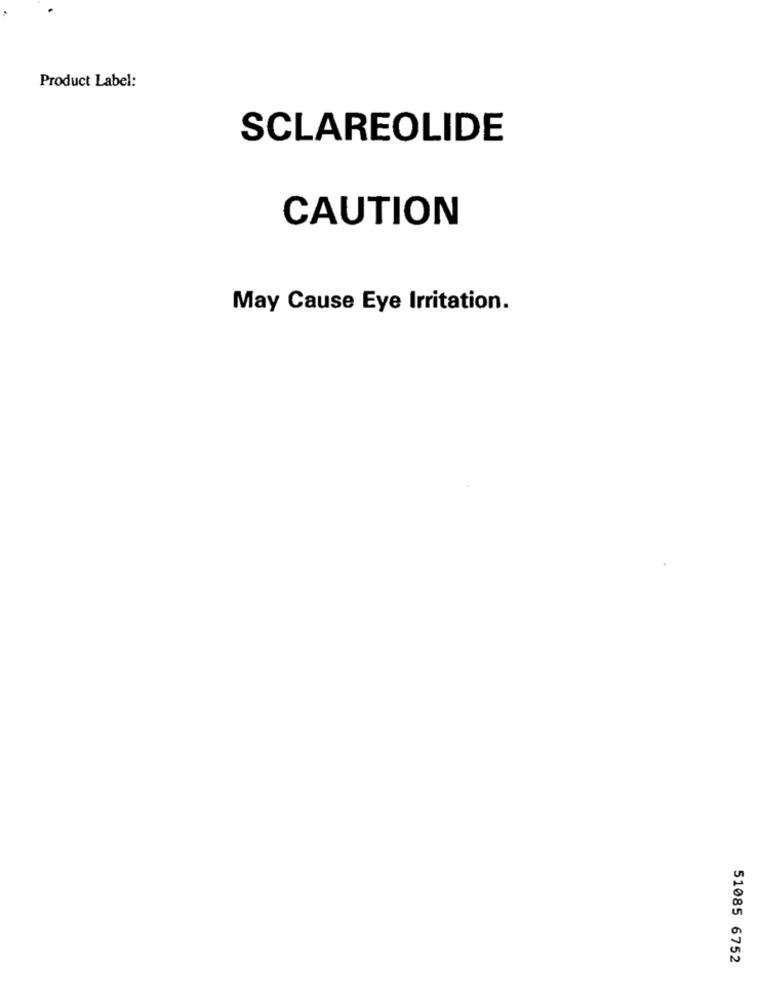
Product Label:
SCLAREOLIDE
CAUTION
May Cause Eye Irritation.
51085 6752